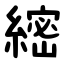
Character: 䌏